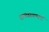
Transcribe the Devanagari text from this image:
राज्यसरकारों